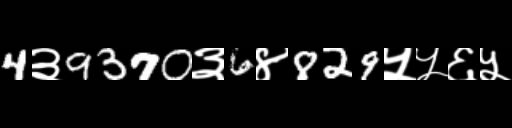
Text: 4३9370३6४829५५६५